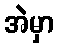
အဲမှာ